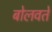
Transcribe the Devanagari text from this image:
बोलवते